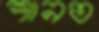
শানত